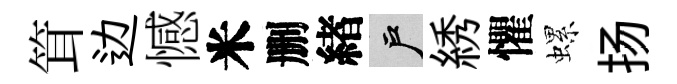
䇯边憾米删緖户綉懼螺扬